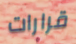
قرارات